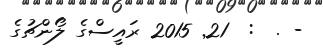
- .  :  21